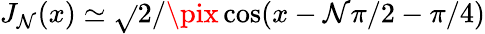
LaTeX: J_{\mathcal{N}}(x)\simeq\sqrt{}{{2/\pix}}\cos(x-\mathcal{N}\pi/2-\pi/4)